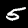
Digit: 5